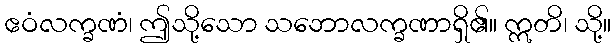
ဧဝံလက္ခဏံ၊ ဤသို့သော သဘောလက္ခဏာရှိ၏။ ဣတိ၊ သို့။